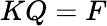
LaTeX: KQ=F